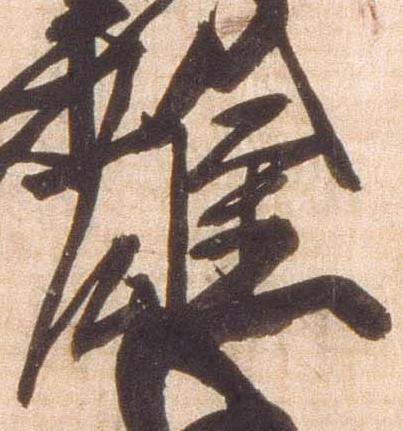
雄